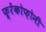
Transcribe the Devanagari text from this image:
फ़्रेंकोफ़ोनी